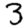
Digit: 3